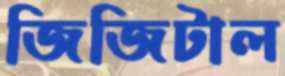
জিজিটাল